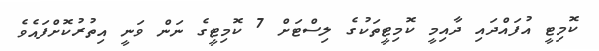
ކޮމިޓީ އުފައްދައި ދާއިމީ ކޮމިޓީތަކުގެ ލިސްޓަށް 7 ކޮމިޓީގެ ނަން ވަނީ އިތުރުކޮށްފައެވެ